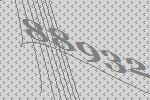
88932